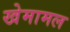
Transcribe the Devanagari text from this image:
खेमामल